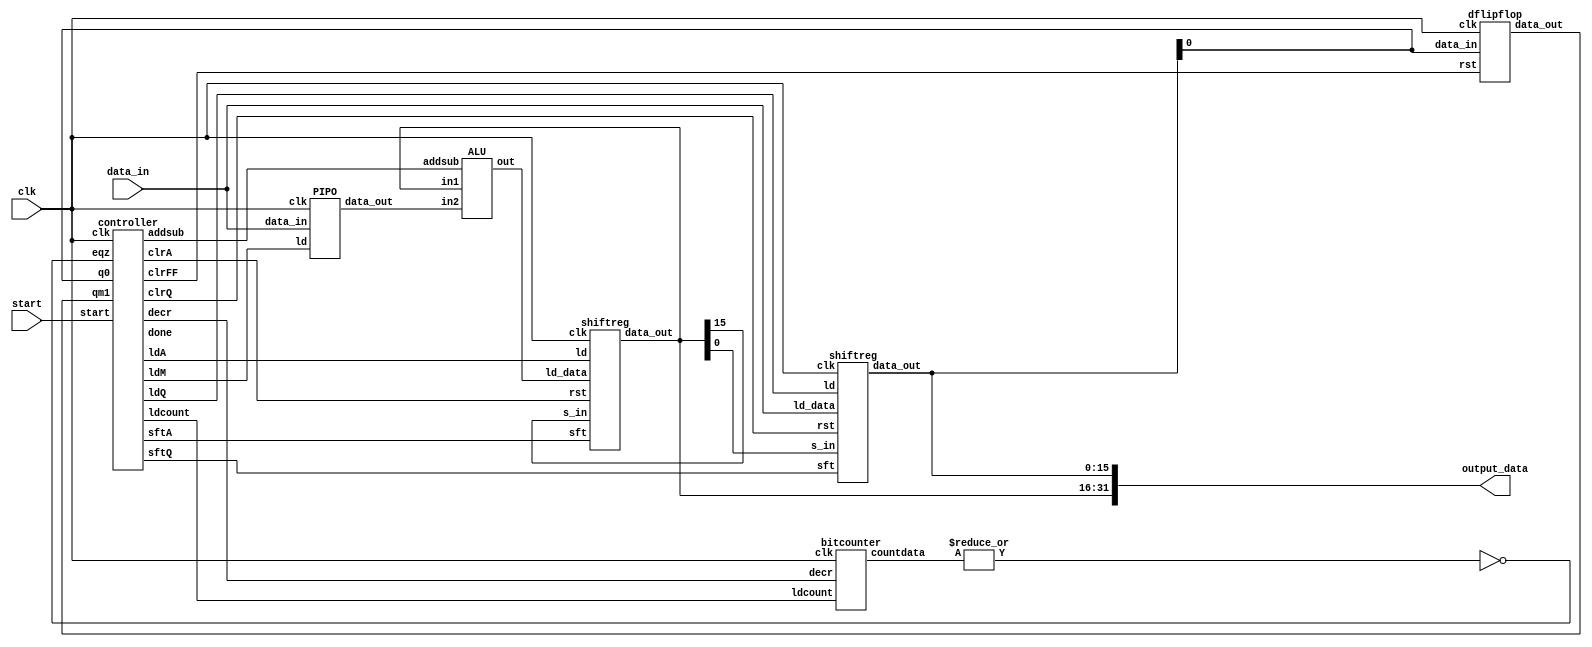
/*Refference 1. NPTEL LECTURES  */

module booth_multiplier_top(data_in,clk,start,output_data);
	
  wire ldA,clrA,sftA,ldQ,clrQ,sftQ,done;
  wire ldM,clrFF,addsub,decr,ldcount;
  input signed [15:0]data_in;
  input start,clk;
  wire qm1,eqz;
    output signed [31:0]output_data;
  wire [4:0] countdata;
  wire signed [15:0] A,M,Q,Z;   //A->Acc , M->Multiplicand , Q->Multiplier, Z->(A-M,A+M) 
  assign eqz = ~| (countdata);
    assign output_data = {A,Q};

 shiftreg Acc_A(.data_out(A),.ld_data(Z),.s_in(A[15]),.clk(clk),.ld(ldA),.rst(clrA),.sft(sftA));
 shiftreg Mlpr_Q(.data_out(Q),.ld_data(data_in),.s_in(A[0]),.clk(clk),.ld(ldQ),.rst(clrQ),.sft(sftQ));
 dflipflop d_ff(.data_in(Q[0]),.clk(clk),.rst(clrFF),.data_out(qm1));
 PIPO Mlcd_M(.data_out(M),.data_in(data_in),.clk(clk),.ld(ldM));
 ALU  Adsub(.out(Z),.in1(A),.in2(M),.addsub(addsub));			
 bitcounter counter(.countdata(countdata),.decr(decr),.ldcount(ldcount),.clk(clk));
 controller fsm(.ldA(ldA),.clrA(clrA),.sftA(sftA),.ldQ(ldQ),.clrQ(clrQ),.sftQ(sftQ),.ldM(ldM),
	            .clrFF(clrFF),.addsub(addsub),.start(start),.decr(decr),.ldcount(ldcount),
					.done(done),.clk(clk),.q0(Q[0]),.qm1(qm1),.eqz(eqz)); 

 endmodule

module bitcounter(countdata,decr,ldcount,clk);
    input decr,ldcount,clk;
	 output reg [4:0] countdata;
	 
	 always@(posedge clk)
	   begin
	       if(ldcount)
		      countdata <= 16; //since datain is of 16 bits width
		   else if(decr)
              countdata <= countdata - 1;			
	   end
	   
endmodule

module PIPO(data_out,data_in,clk,ld);

input signed [15:0] data_in;
input clk,ld;
output reg signed [15:0] data_out;

always@(posedge clk)
  begin
      if(ld)
        data_out <= data_in;
   end
endmodule   

module ALU (out,in1,in2,addsub);

  input addsub ;  // addsub = 1 then addition else subtraction
  input signed[15:0] in1,in2;
  output reg signed[15:0] out;
  
  always@(*)
    begin
      if(addsub)
	      out  = in1 + in2;
      else if(!addsub)
	      out  = in1 - in2;
	end
	
endmodule

module shiftreg(data_out,ld_data,s_in,clk,ld,rst,sft);   //SIPO

input [15:0] ld_data;
input clk,rst,ld,s_in,sft;
output reg [15:0]data_out;

always@(posedge clk)
 begin
    if(rst)
	    data_out <= 0;
	else if(ld)
        data_out <= ld_data;
    else if(sft)
        data_out <= {s_in,data_out[15:1]};	
 end
 
 endmodule

 module dflipflop(data_in,clk,rst,data_out);

input data_in,clk,rst;
output reg data_out;

always@(posedge clk)
   begin
        if(rst)
		   data_out <= 0;
		else 
		   data_out <= data_in;
   end
   
endmodule 

module controller(ldA,clrA,sftA,ldQ,clrQ,sftQ,ldM,clrFF,addsub,start,decr,
                     ldcount,done,clk,q0,qm1,eqz);
					 
    input clk,q0,qm1,start,eqz;
	output  ldA,clrA,sftA,ldQ,clrQ,sftQ,ldM,clrFF,addsub,decr,
                     ldcount,done;

	reg [2:0] state;
    parameter [2:0] S0 = 3'b000,
                    S1 = 3'b001,
					S2 = 3'b010,
					S3 = 3'b011,
					S4 = 3'b100,
					S5 = 3'b101,
					S6 = 3'b110;
					
	always@(posedge clk)
       begin
	        case(state)
			   S0 :  state <= start?S1:S0;
			   S1 :  state <= S2;
			   S2 :  begin
                     #1
			         if({q0,qm1}==2'b01)
					    state <=  S3;
				     else if({q0,qm1}==2'b10)
					    state <=  S4;
				     else if(({q0,qm1}==2'b00)||({q0,qm1}==2'b11))	
                        state <=  S5;					 
                     end
					 
				S3 :  state <=  S5;
				S4 :  state <=  S5;
				S5 :  begin
                         #1 
				          if(({q0,qm1}==2'b01) && !eqz)
					         state <=  S3;
				          else if(({q0,qm1}==2'b10) && !eqz)
							 state <=  S4;
						  else if(eqz)
						     state <= S6;    
				      end
				S6 :  state <= S6;
				default : state <= S0;
			endcase	
		end	   
				
 
  
    assign ldA     = ((state == S3)||(state == S4))?1:0;
    assign clrA    =  (state == S0)?1:0;
	assign sftA    =  (state == S5)?1:0;
    assign ldQ     =  (state == S2)?1:0;
    assign clrQ    =  (state == S0)?1:0;
	assign sftQ    =  (state == S5)?1:0;
    assign ldM     =  (state == S1)?1:0;
    assign clrFF   =  (state == S0)?1:0;
	assign addsub     =  (state == S3)?1:0;
    
	assign decr    =  (state == S5)?1:0;
	assign ldcount =  (state == S1)?1:0; 
	assign done    =  (state == S6)?1:0;	
    
 
  endmodule